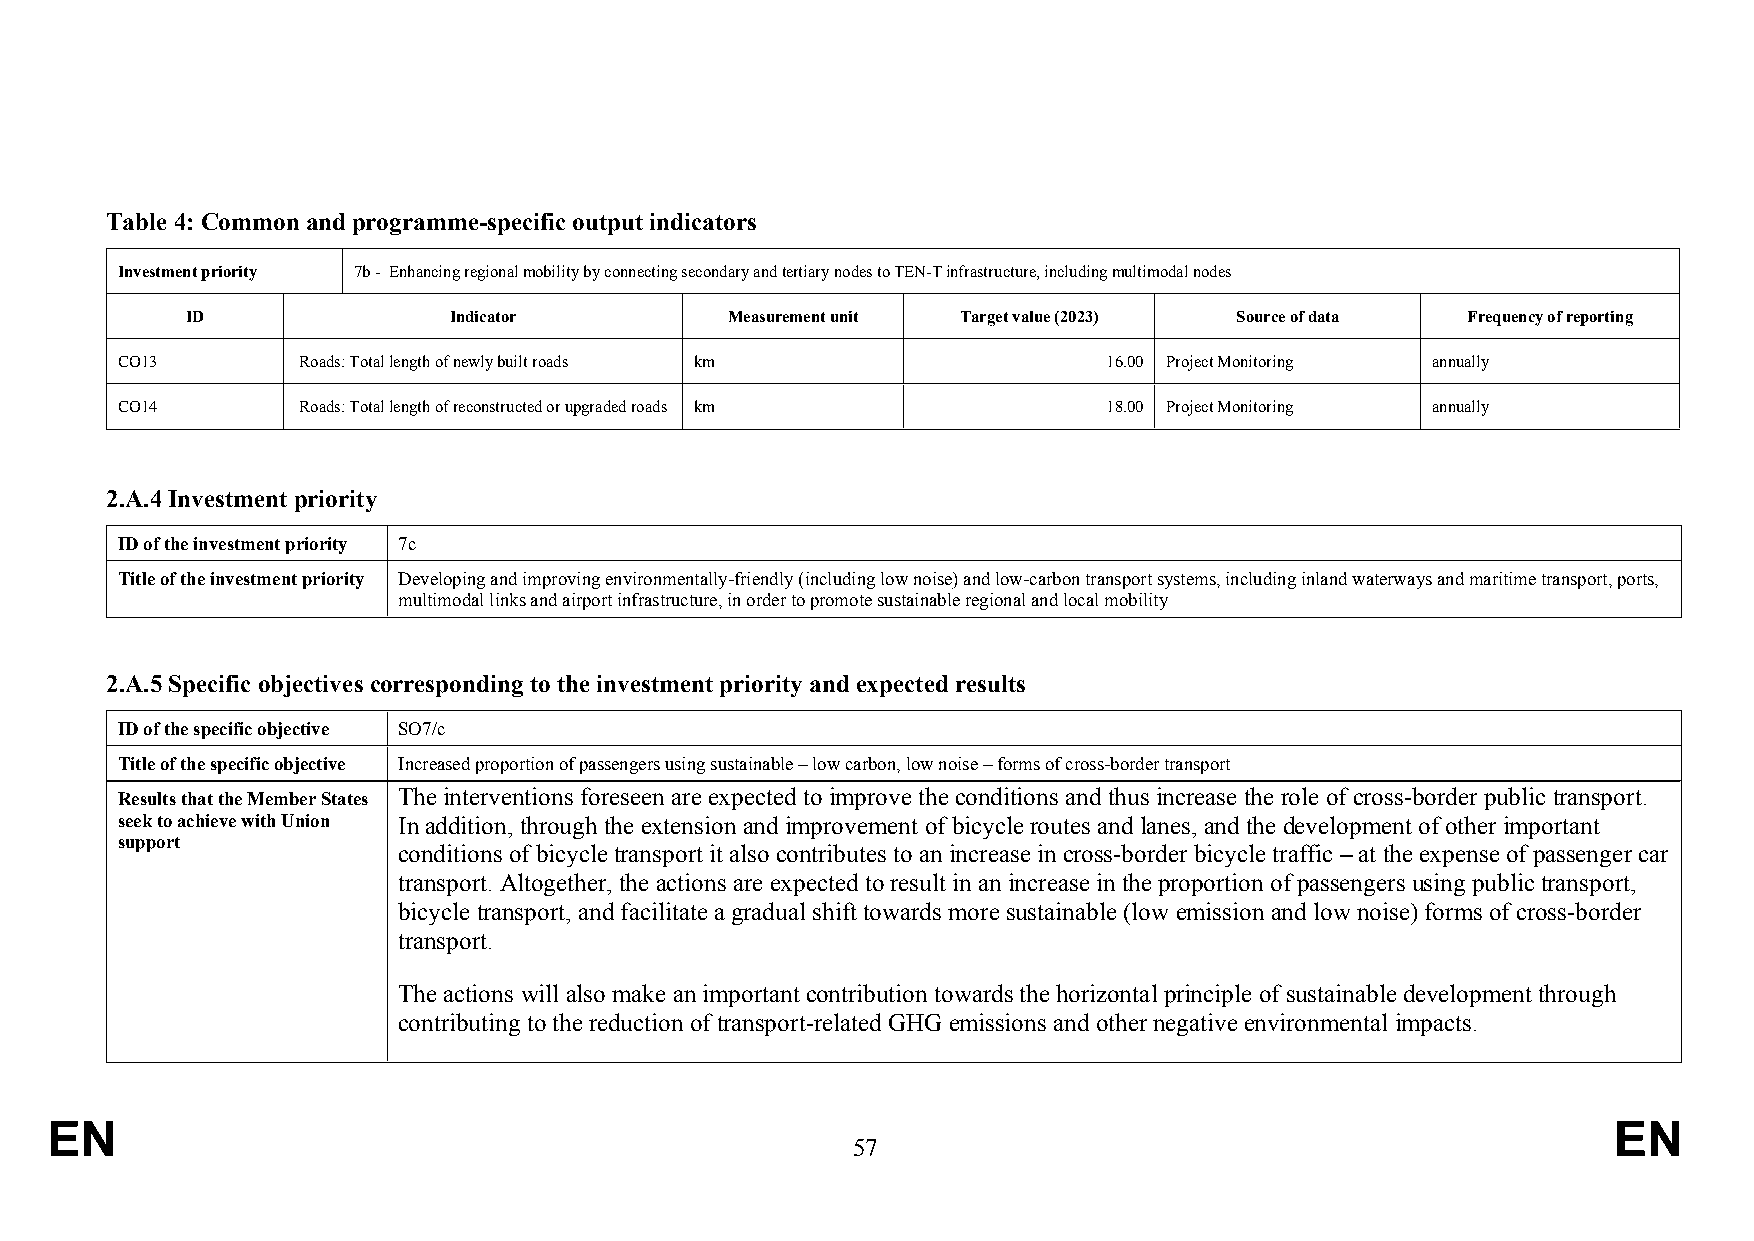
Table 4: Common and programme-specific output indicators
 Investment priority 7b - Enhancing regional mobility by connecting secondary and tertiary nodes to TEN-T infrastructure, including multimodal nodes
 ID                Indicator         Measurement unit Target value (2023) Source of data Frequency of reporting
 CO13        Roads: Total length of newly built roads km          16.00 Project Monitoring annually
 CO14        Roads: Total length of reconstructed or upgraded roads km 18.00 Project Monitoring annually
 2.A.4 Investment priority
 ID of the investment priority 7c
 Title of the investment priority Developing and improving environmentally-friendly (including low noise) and low-carbon transport systems, including inland waterways and maritime transport, ports,
 multimodal links and airport infrastructure, in order to promote sustainable regional and local mobility
 2.A.5 Specific objectives corresponding to the investment priority and expected results
 ID of the specific objective SO7/c
 Title of the specific objective Increased proportion of passengers using sustainable – low carbon, low noise – forms of cross-border transport
 Results that the Member States The interventions foreseen are expected to improve the conditions and thus increase the role of cross-border public transport.
 seek to achieve with Union In addition, through the extension and improvement of bicycle routes and lanes, and the development of other important
 support
 conditions of bicycle transport it also contributes to an increase in cross-border bicycle traffic – at the expense of passenger car
 transport. Altogether, the actions are expected to result in an increase in the proportion of passengers using public transport,
 bicycle transport, and facilitate a gradual shift towards more sustainable (low emission and low noise) forms of cross-border
 transport.
 The actions will also make an important contribution towards the horizontal principle of sustainable development through
 contributing to the reduction of transport-related GHG emissions and other negative environmental impacts.
 EN                                                                                                      EN
 57